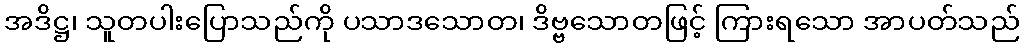
အဒိဋ္ဌ၊ သူတပါးပြောသည်ကို ပသာဒသောတ၊ ဒိဗ္ဗသောတဖြင့် ကြားရသော အာပတ်သည်